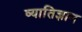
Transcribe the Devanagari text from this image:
व्यातिज्ञान